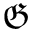
\mathfrak { G }